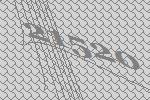
21520